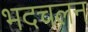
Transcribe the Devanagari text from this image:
भदचलन